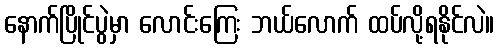
နောက်ပြိုင်ပွဲမှာ လောင်းကြေး ဘယ်လောက် ထပ်လို့ရနိုင်လဲ။